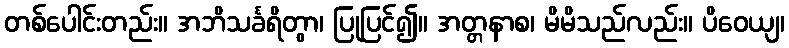
တစ်ပေါင်းတည်း။ အဘိသင်္ခရိတွာ၊ ပြုပြင်၍။ အတ္တနာစ၊ မိမိသည်လည်း။ ပိဝေယျ၊